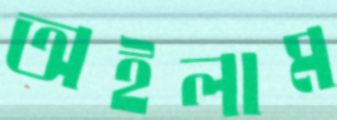
অইলাম